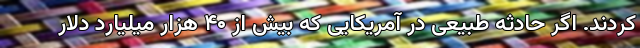
کردند. اگر حادثه طبیعی در آمریکایی که بیش از ۴۰ هزار میلیارد دلار